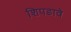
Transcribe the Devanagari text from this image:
शिपडावे